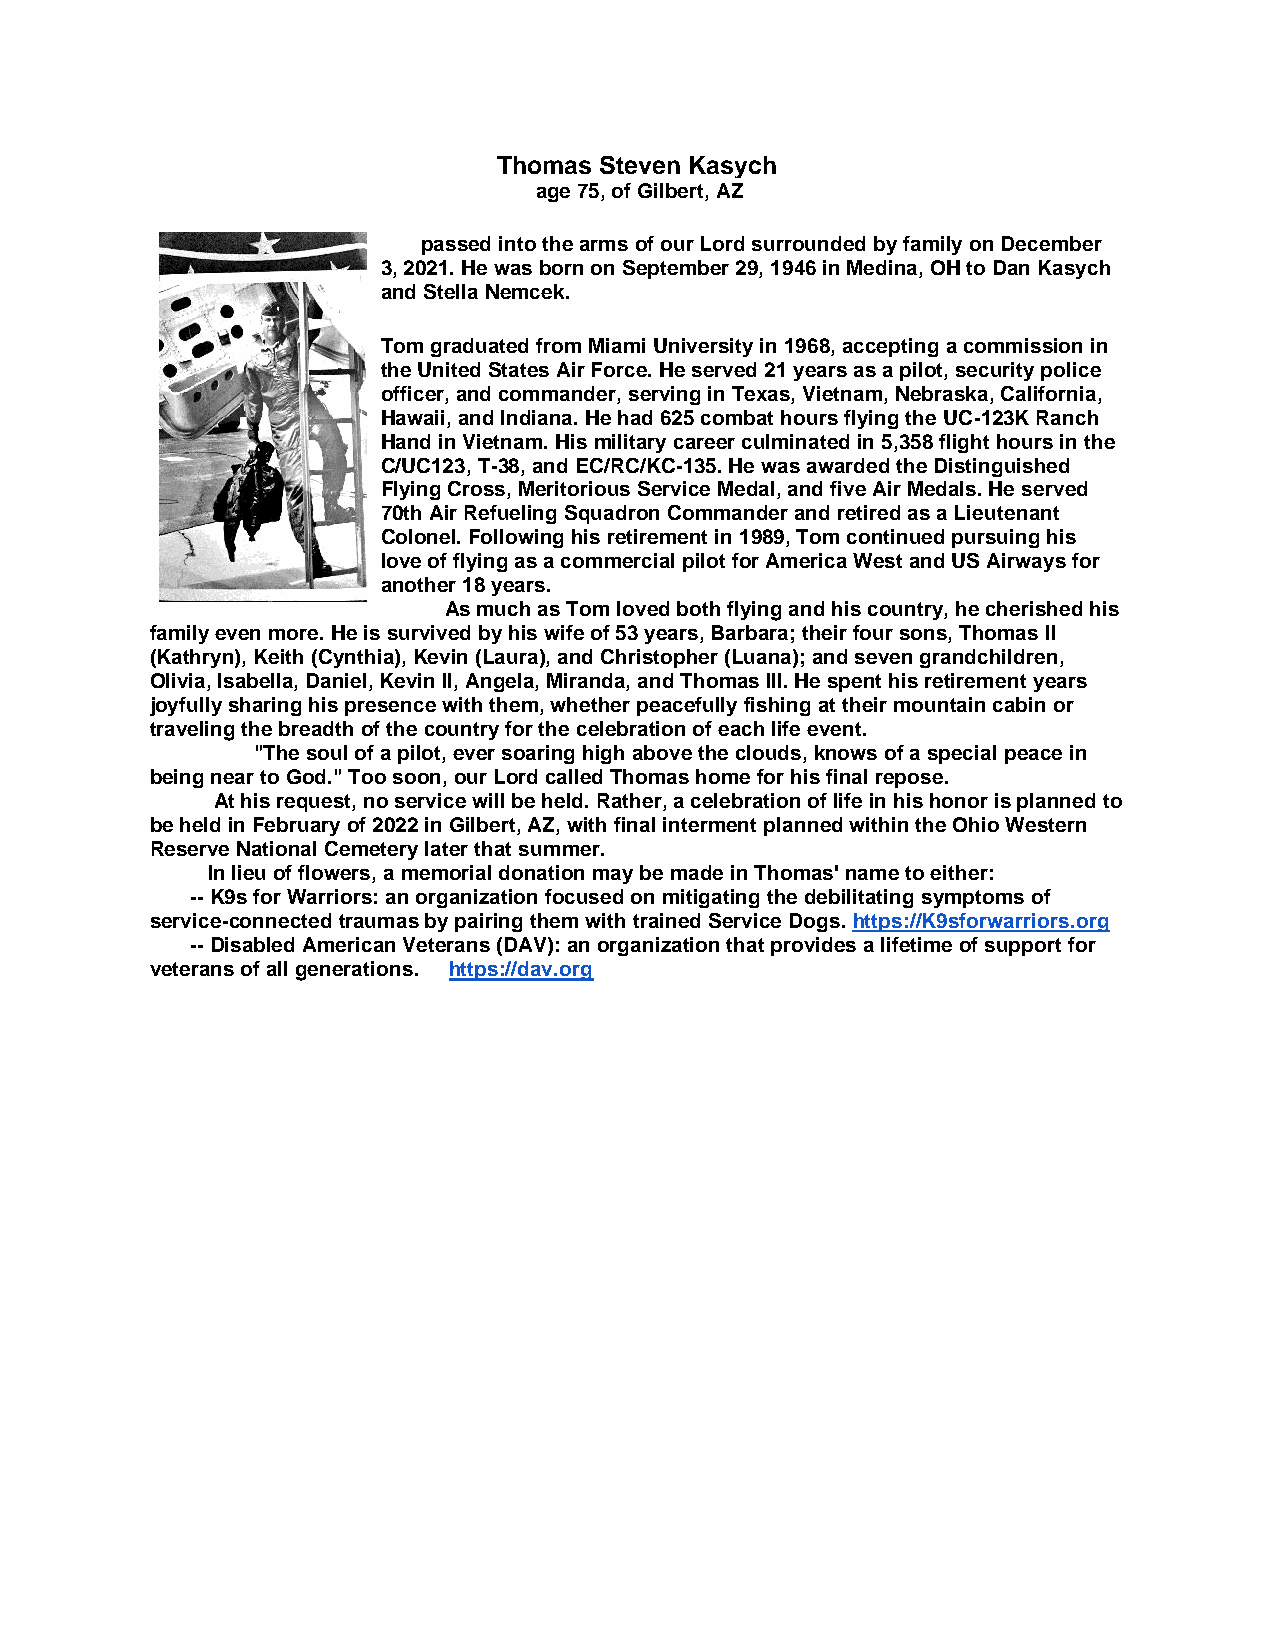
Thomas Steven Kasych
 age 75, of Gilbert, AZ
 passed into the arms of our Lord surrounded by family on December
 3, 2021. He was born on September 29, 1946 in Medina, OH to Dan Kasych
 and Stella Nemcek.
 Tom graduated from Miami University in 1968, accepting a commission in
 the United States Air Force. He served 21 years as a pilot, security police
 officer, and commander, serving in Texas, Vietnam, Nebraska, California,
 Hawaii, and Indiana. He had 625 combat hours flying the UC-123K Ranch
 Hand in Vietnam. His military career culminated in 5,358 flight hours in the
 C/UC123, T-38, and EC/RC/KC-135. He was awarded the Distinguished
 Flying Cross, Meritorious Service Medal, and five Air Medals. He served
 70th Air Refueling Squadron Commander and retired as a Lieutenant
 Colonel. Following his retirement in 1989, Tom continued pursuing his
 love of flying as a commercial pilot for America West and US Airways for
 another 18 years.
 As much as Tom loved both flying and his country, he cherished his
 family even more. He is survived by his wife of 53 years, Barbara; their four sons, Thomas II
 (Kathryn), Keith (Cynthia), Kevin (Laura), and Christopher (Luana); and seven grandchildren,
 Olivia, Isabella, Daniel, Kevin II, Angela, Miranda, and Thomas III. He spent his retirement years
 joyfully sharing his presence with them, whether peacefully fishing at their mountain cabin or
 traveling the breadth of the country for the celebration of each life event.
 "The soul of a pilot, ever soaring high above the clouds, knows of a special peace in
 being near to God." Too soon, our Lord called Thomas home for his final repose.
 At his request, no service will be held. Rather, a celebration of life in his honor is planned to
 be held in February of 2022 in Gilbert, AZ, with final interment planned within the Ohio Western
 Reserve National Cemetery later that summer.
 In lieu of flowers, a memorial donation may be made in Thomas' name to either:
 -- K9s for Warriors: an organization focused on mitigating the debilitating symptoms of
 service-connected traumas by pairing them with trained Service Dogs. https://K9sforwarriors.org
 -- Disabled American Veterans (DAV): an organization that provides a lifetime of support for
 veterans of all generations. https://dav.org